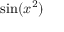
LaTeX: \sin ( x ^ { 2 } )